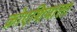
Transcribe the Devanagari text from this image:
क्रोएशियाला